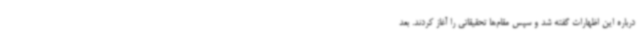
درباره این اظهارات گفته شد و سپس مقام‌ها تحقیقاتی را آغاز کردند. بعد